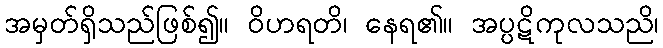
အမှတ်ရှိသည်ဖြစ်၍။ ဝိဟရတိ၊ နေရ၏။ အပ္ပဋိကုလသညိ၊